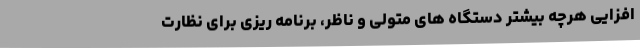
افزایی هرچه بیشتر دستگاه های متولی و ناظر، برنامه ریزی برای نظارت